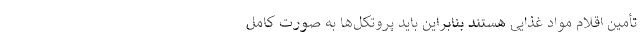
تأمین اقلام مواد غذایی هستند بنابراین باید پروتکل‌ها به صورت کامل